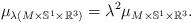
LaTeX: \begin{align*}\mu_{\lambda(M\times \mathbb{S}^1\times\mathbb{R}^3)} = \lambda^2\mu_{M\times \mathbb{S}^1\times\mathbb{R}^3}.\end{align*}